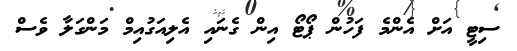
ސިޓީ އަށް އެންމެ ފަހުން ޕޯޓޯ އިން ގެނައި އެލިއަގުއިމް މަންގަލާ ވެސް